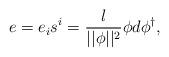
LaTeX: \begin{align*}e=e_is^i=\frac l{||\phi ||^2}\phi d\phi ^{\dagger }, \end{align*}